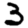
Digit: 3